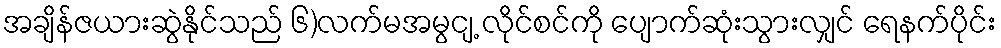
အချိန်ဇယားဆွဲနိုင်သည် ၆)လက်မအမွငျ့ လိုင်စင်ကို ပျောက်ဆုံးသွားလျှင် ရေနက်ပိုင်း